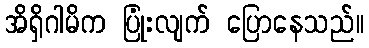
အိရှိဂါမိက ပြုံးလျက် ပြောနေသည်။